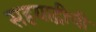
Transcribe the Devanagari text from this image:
सहयाद्रीची